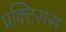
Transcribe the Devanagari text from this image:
प्रक्टिसस